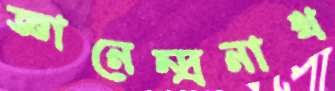
জ্ঞানেন্দ্রনাথ